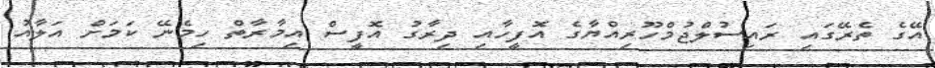
އޭގެ ތެރޭގައި ރައިސުލްޖުމްހޫރިއްޔާގެ އޮފީހާއި ދިރާގު އޮފީސް އިމާރާތް ހިމެނޭ ކަމަށް އަލާއު